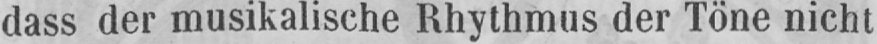
dass der musikalische Rhythmus der Töne nicht